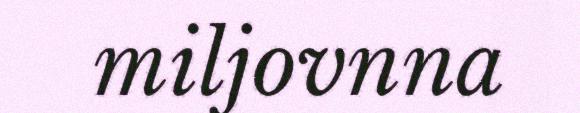
miljovnna